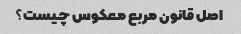
اصل قانون مربع معکوس چیست؟